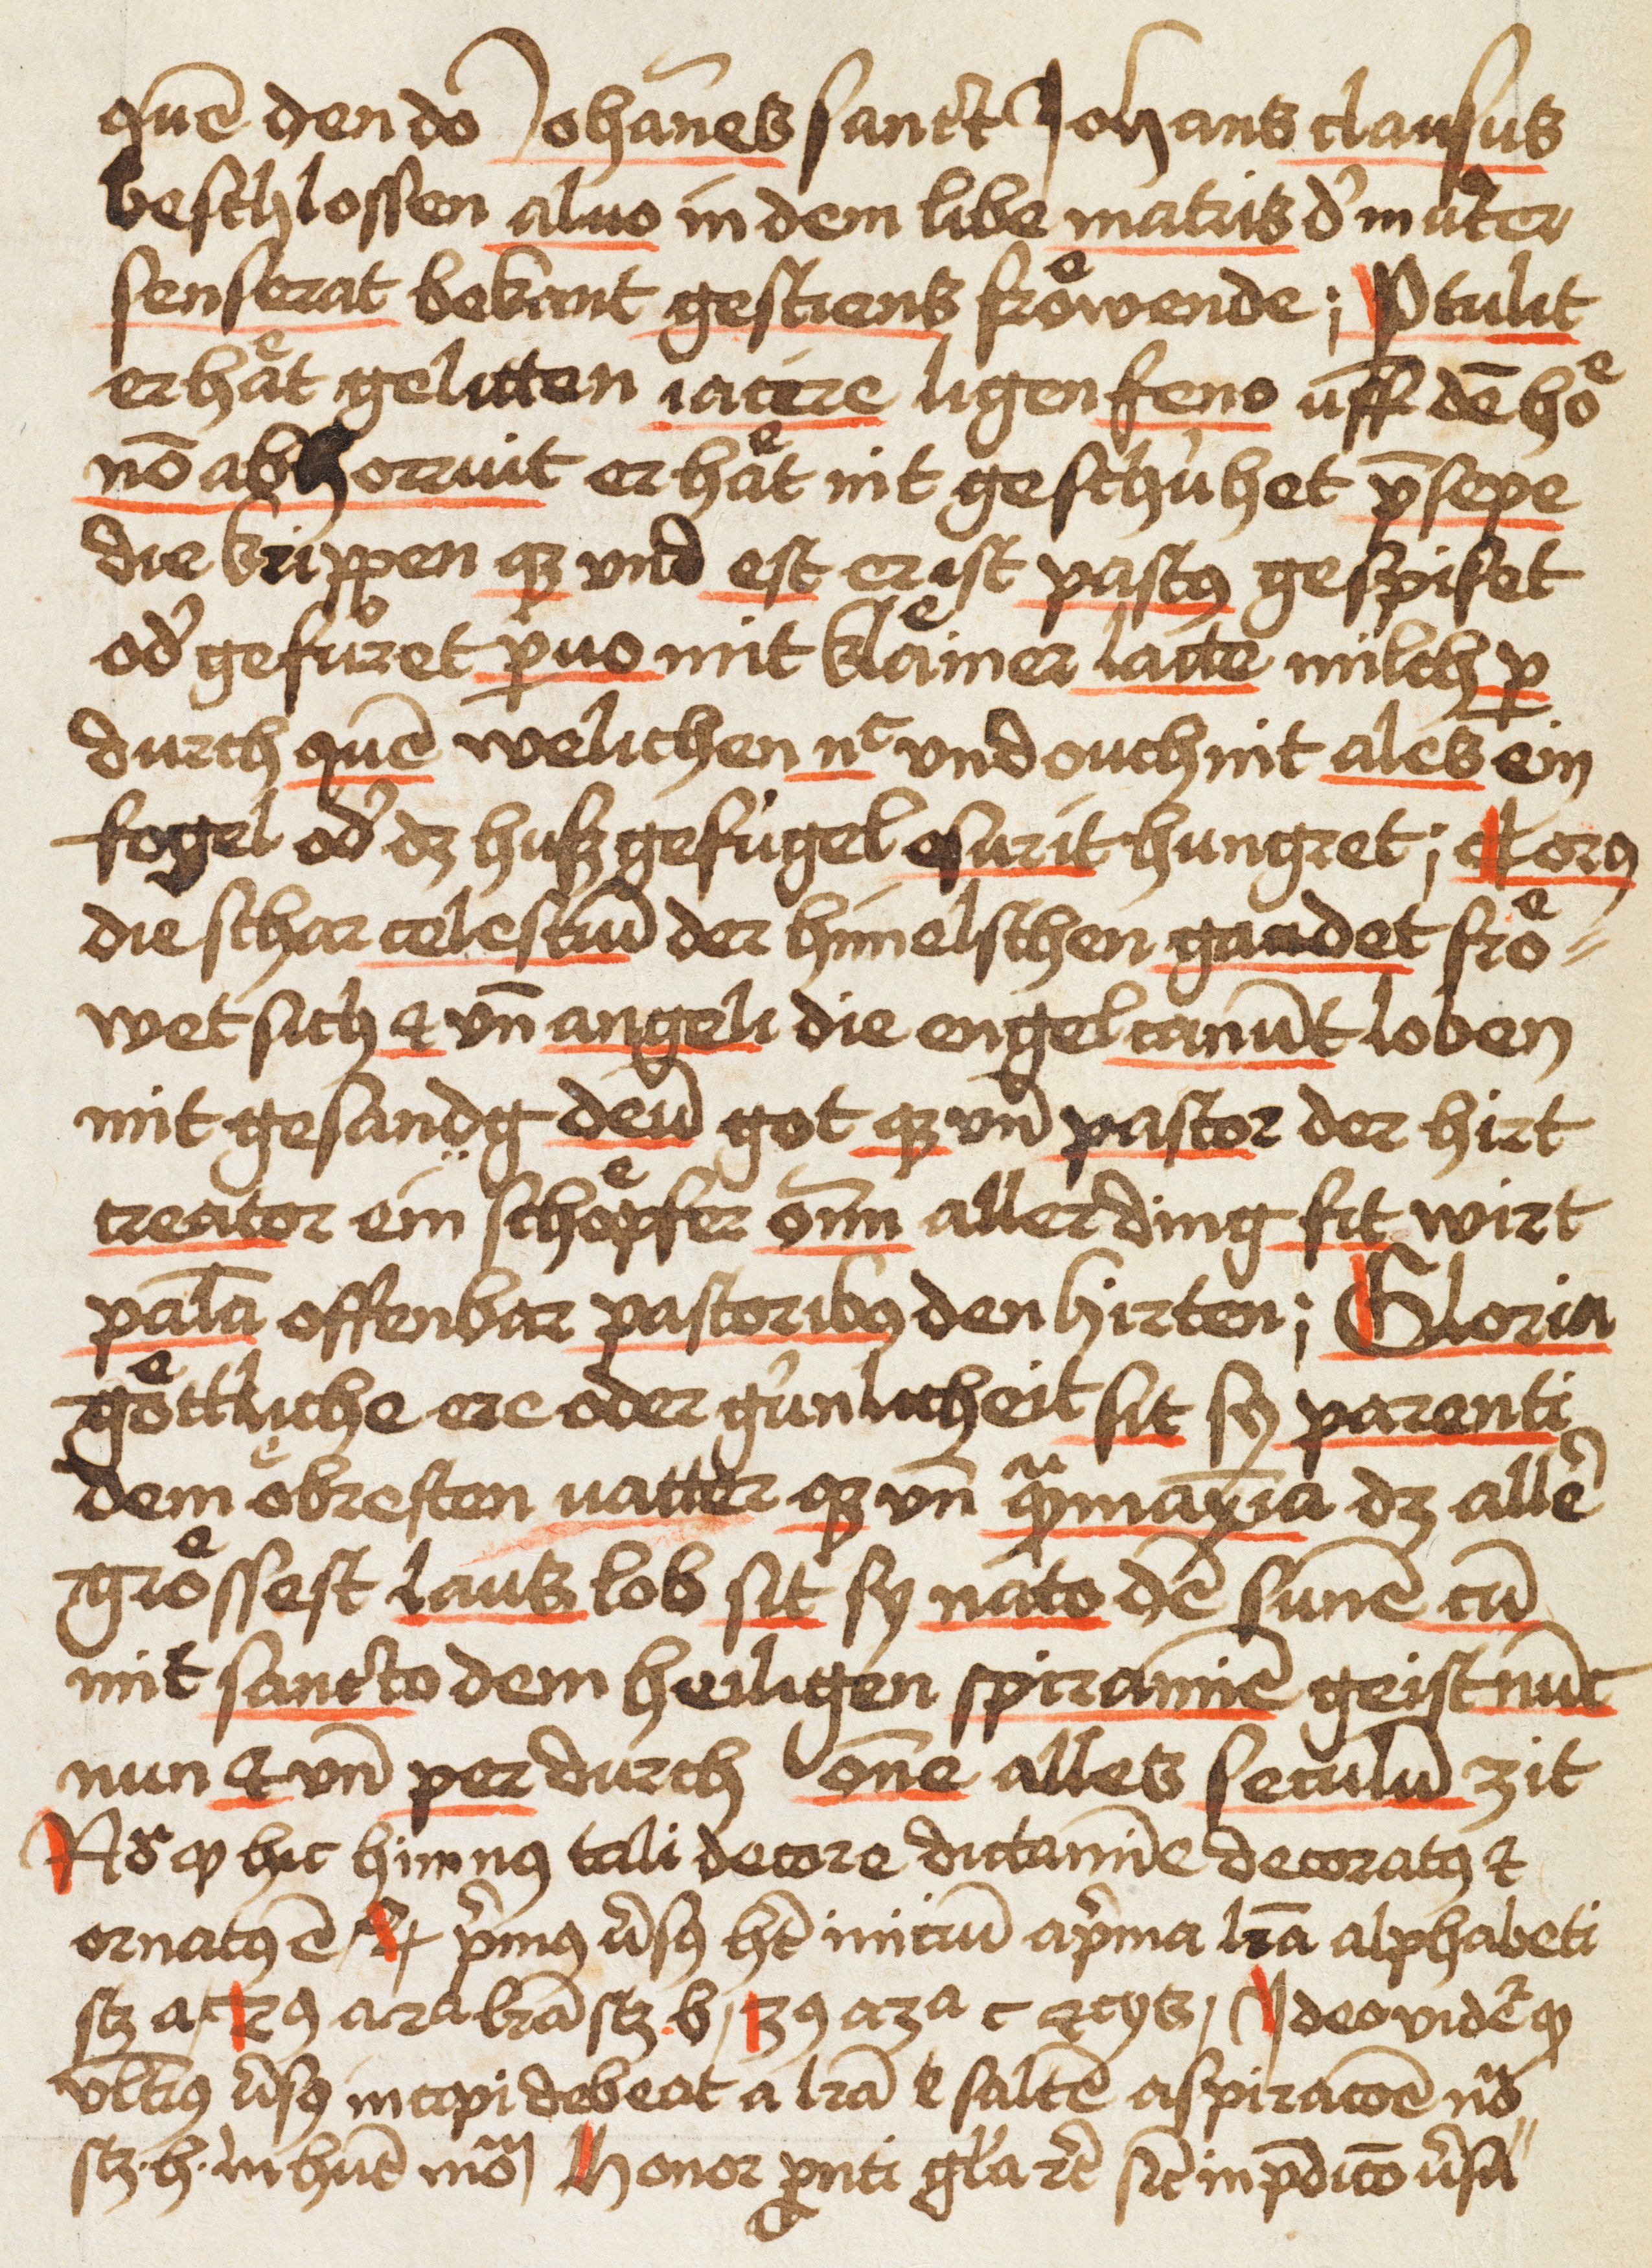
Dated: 1480–1480